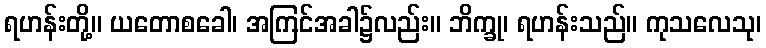
ရဟန်းတို့။ ယတောစခေါ၊ အကြင်အခါ၌လည်း။ ဘိက္ခု၊ ရဟန်းသည်။ ကုသလေသု၊